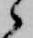
候